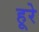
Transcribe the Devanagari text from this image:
हूरे